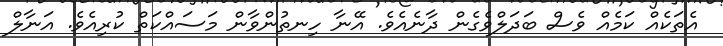
އެތަކެއް ކަމެއް ވެސް ބަދަލްވެގެން ދާނެއެވެ. އޭނާ ހިނތުންވާން މަސައްކަތް ކުރިއެވެ. އަނާލް